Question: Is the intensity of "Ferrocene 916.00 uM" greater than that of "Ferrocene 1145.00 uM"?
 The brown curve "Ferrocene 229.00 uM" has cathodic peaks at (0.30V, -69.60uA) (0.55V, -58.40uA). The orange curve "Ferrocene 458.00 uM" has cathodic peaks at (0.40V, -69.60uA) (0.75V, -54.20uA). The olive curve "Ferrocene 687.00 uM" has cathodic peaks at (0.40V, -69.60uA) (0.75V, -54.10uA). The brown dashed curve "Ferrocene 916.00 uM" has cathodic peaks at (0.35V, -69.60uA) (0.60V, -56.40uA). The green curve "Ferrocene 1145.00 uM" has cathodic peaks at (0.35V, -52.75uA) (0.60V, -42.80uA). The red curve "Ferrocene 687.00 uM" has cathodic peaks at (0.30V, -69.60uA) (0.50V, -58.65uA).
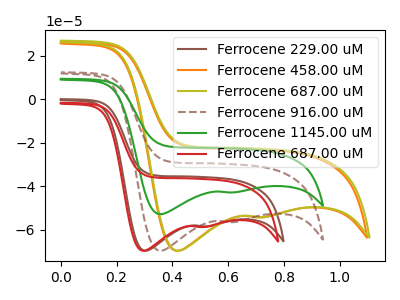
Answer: <think>All the peaks in "Ferrocene 916.00 uM" have a peak in "Ferrocene 1145.00 uM" at the same potential. Every peak in "Ferrocene 916.00 uM" is higher than every peak in "Ferrocene 1145.00 uM".
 </think>
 <answer>"Ferrocene 916.00 uM" has more signal than "Ferrocene 1145.00 uM".</answer>
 <eval>more_signal</eval>